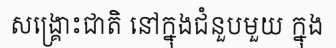
សង្គ្រោះជាតិ នៅក្នុងជំនួបមួយ ក្នុង